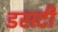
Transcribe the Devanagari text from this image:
डसटी